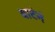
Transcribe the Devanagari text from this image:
वाटंनं